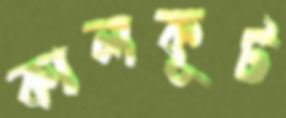
কালকূট